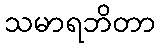
သမာရဘိတာ